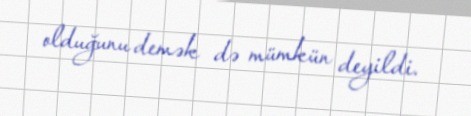
olduğunu demək də mümkün deyildi.